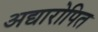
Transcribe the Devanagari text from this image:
अद्यारोपित